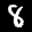
Label: 8